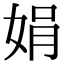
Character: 娟